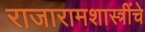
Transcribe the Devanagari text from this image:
राजारामशास्त्रींचे